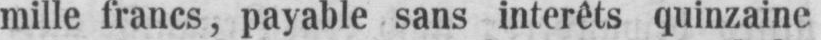
mille francs, payable sans intérêts quinzaine